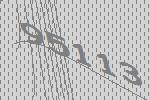
95113